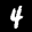
Label: 4